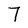
Character: 7